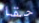
حقا